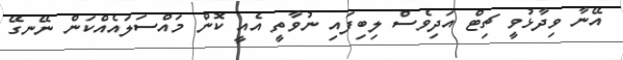
އޭނާ ވިދާޅުވީ ޗިޓް އަދިވެސް ލިބިފައި ނުވާތީ އެއީ ކޮން މައްސަލައެއްކަން ނޭނގޭ